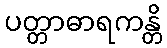
ပတ္တာဓာရကန္တိ